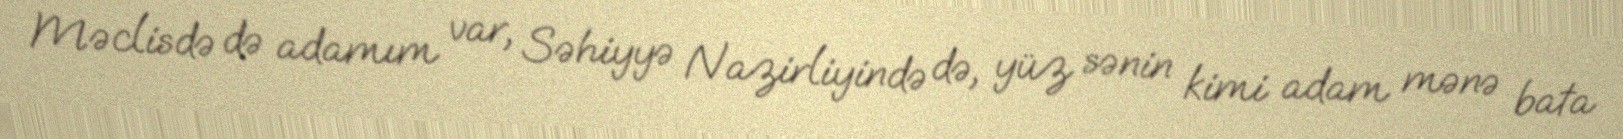
Məclisdə də adamım var, Səhiyyə Nazirliyində də, yüz sənin kimi adam mənə bata